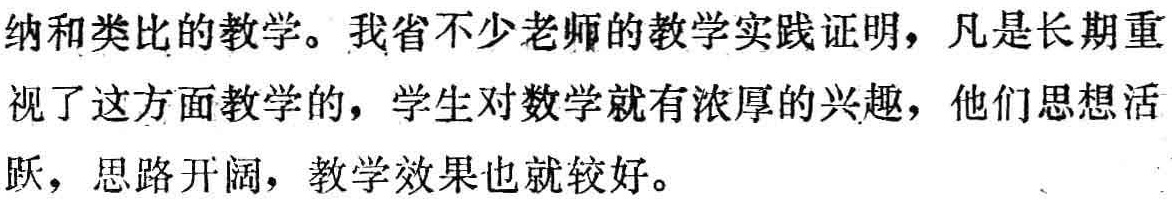
纳和类比的教学。我省不少老师的教学实践证明，凡是长期重视了这方面教学的，学生对数学就有浓厚的兴趣，他们思想活跃，思路开阔，教学效果也就较好。